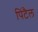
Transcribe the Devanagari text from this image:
पिंटैल